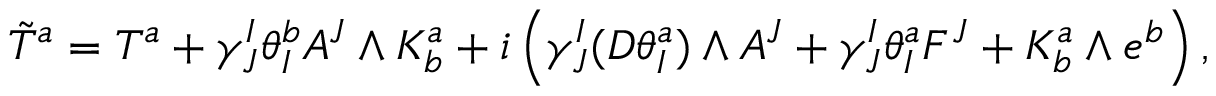
\tilde { T } ^ { a } = T ^ { a } + \gamma _ { J } ^ { I } \theta _ { I } ^ { b } A ^ { J } \wedge K _ { b } ^ { a } + i \left( \gamma _ { J } ^ { I } ( D \theta _ { I } ^ { a } ) \wedge A ^ { J } + \gamma _ { J } ^ { I } \theta _ { I } ^ { a } F ^ { J } + K _ { b } ^ { a } \wedge e ^ { b } \right) ,